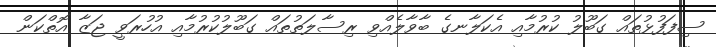
ސިފަފުޅުތައް ގަބޫލު ކުރުމާއި އެކަލާނގެ ބާވާލެއްވި ރިސާލަތުތައް ގަބޫލުކުރުމާއި އުހުރަވީ ޖަޒާ އޮތްކަން